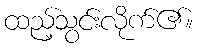
ထည့်သွင်းလိုက်၏။